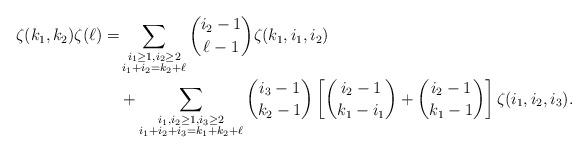
LaTeX: \begin{align*} \zeta(k_1,k_2)\zeta(\ell)=&\sum_{\substack{i_1\ge1,i_2\ge2\\i_1+i_2=k_2+\ell}}\binom{i_2-1}{\ell-1}\zeta(k_1,i_1,i_2)\\ &+\sum_{\substack{i_1,i_2\ge1,i_3\ge2\\i_1+i_2+i_3=k_1+k_2+\ell}}\binom{i_3-1}{k_2-1}\left[\binom{i_2-1}{k_1-i_1}+\binom{i_2-1}{k_1-1}\right]\zeta(i_1,i_2,i_3).\end{align*}